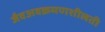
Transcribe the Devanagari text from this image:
जैवअवक्रमणशीलती